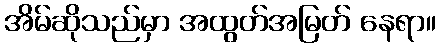
အိမ်ဆိုသည်မှာ အထွတ်အမြတ် နေရာ။